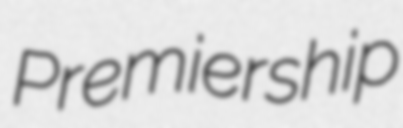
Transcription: Premiership